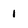
Character: I